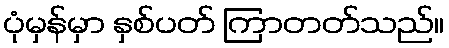
ပုံမှန်မှာ နှစ်ပတ် ကြာတတ်သည်။